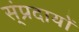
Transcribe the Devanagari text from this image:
स्ंप्रदायों